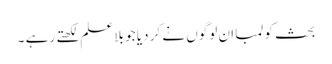
بحث کو لمبا ان لوگوں نے کر دیا جو بلا علم لکھتے رہے ۔